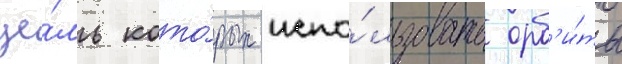
це́ль кото́рых испо́льзовать орб'и́ты